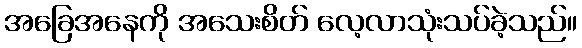
အခြေအနေကို အသေးစိတ် လေ့လာသုံးသပ်ခဲ့သည်။